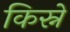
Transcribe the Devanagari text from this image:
किस्ने